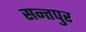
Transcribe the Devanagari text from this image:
सन्तपुर